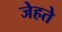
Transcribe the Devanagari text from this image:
जेहते